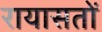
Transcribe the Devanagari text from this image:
रायासतों